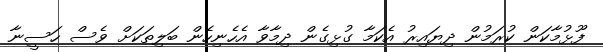
ފޫޅުމާކަން ކުރަމުން ދިޔައިރު އެކަމާ ގުޅިގެން ދިމާވާ އެހެނިހެން ބަލިތަކަށް ވެސް ހަސީނާ